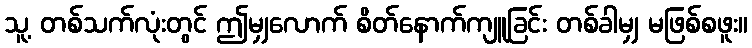
သူ့ တစ်သက်လုံးတွင် ဤမျှလောက် စိတ်နောက်ကျူခြင်း တစ်ခါမျှ မဖြစ်စဖူး။